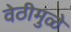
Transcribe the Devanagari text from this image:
वेठीमुळे